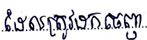
ដែលត្រូវដកចេញ